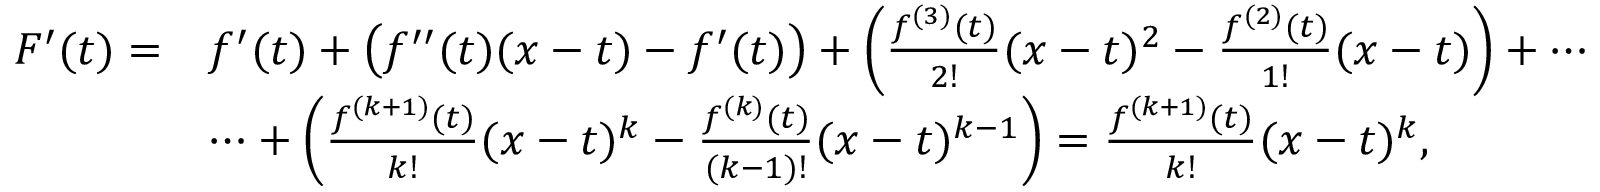
{ \begin{array} { r l } { F ^ { \prime } ( t ) = } & { f ^ { \prime } ( t ) + { \big ( } f ^ { \prime \prime } ( t ) ( x - t ) - f ^ { \prime } ( t ) { \big ) } + \left( { \frac { f ^ { ( 3 ) } ( t ) } { 2 ! } } ( x - t ) ^ { 2 } - { \frac { f ^ { ( 2 ) } ( t ) } { 1 ! } } ( x - t ) \right) + \cdots } \\ & { \cdots + \left( { \frac { f ^ { ( k + 1 ) } ( t ) } { k ! } } ( x - t ) ^ { k } - { \frac { f ^ { ( k ) } ( t ) } { ( k - 1 ) ! } } ( x - t ) ^ { k - 1 } \right) = { \frac { f ^ { ( k + 1 ) } ( t ) } { k ! } } ( x - t ) ^ { k } , } \end{array} }